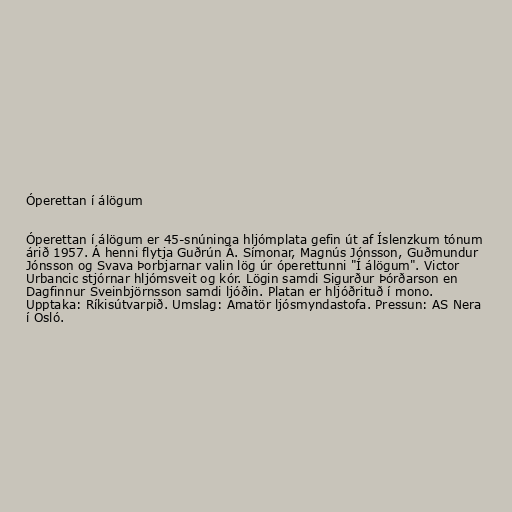
Óperettan í álögum

Óperettan í álögum er 45-snúninga hljómplata gefin út af Íslenzkum tónum
árið 1957. Á henni flytja Guðrún Á. Símonar, Magnús Jónsson, Guðmundur
Jónsson og Svava Þorbjarnar valin lög úr óperettunni "Í álögum". Victor
Urbancic stjórnar hljómsveit og kór. Lögin samdi Sigurður Þórðarson en
Dagfinnur Sveinbjörnsson samdi ljóðin. Platan er hljóðrituð í mono.
Upptaka: Ríkisútvarpið. Umslag: Amatör ljósmyndastofa. Pressun: AS Nera
í Osló.